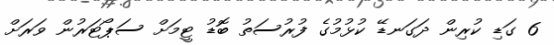
6 ގަޑި ކުރިން ދަގަނޑޭ ކުޅުމުގެ ފުރުސަތު ބޮޑު ޓީމަށް ސަޕޯޓަރުން ވަރަށް